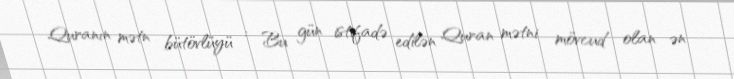
Quranın mətn bütövlüyü : Bu gün istifadə edilən Quran mətni mövcud olan ən